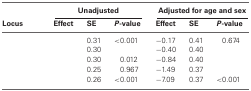
<table><thead><tr><td>[EMPTY_CELL]</td><td colspan="3"><b>Unadjusted</b></td><td colspan="3"><b>Adjusted for age and sex</b></td></tr><tr><td><b>Locus</b></td><td><b>Effect</b></td><td><b>SE</b></td><td><b><i>P</i>-value</b></td><td><b>Effect</b></td><td><b>SE</b></td><td><b><i>P</i>-value</b></td></tr></thead><tbody><tr><td>[EMPTY_CELL]</td><td>[EMPTY_CELL]</td><td>0.31</td><td>&lt;0.001</td><td>–0.17</td><td>0.41</td><td>0.674</td></tr><tr><td>[EMPTY_CELL]</td><td>[EMPTY_CELL]</td><td>0.30</td><td>[EMPTY_CELL]</td><td>–0.40</td><td>0.40</td><td>[EMPTY_CELL]</td></tr><tr><td>[EMPTY_CELL]</td><td>[EMPTY_CELL]</td><td>0.30</td><td>0.012</td><td>–0.84</td><td>0.40</td><td>[EMPTY_CELL]</td></tr><tr><td>[EMPTY_CELL]</td><td>[EMPTY_CELL]</td><td>0.25</td><td>0.967</td><td>–1.49</td><td>0.37</td><td>[EMPTY_CELL]</td></tr><tr><td>[EMPTY_CELL]</td><td>[EMPTY_CELL]</td><td>0.26</td><td>&lt;0.001</td><td>–7.09</td><td>0.37</td><td>&lt;0.001</td></tr></tbody></table>